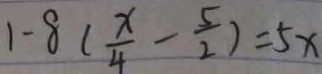
1 - 8 ( \frac { x } { 4 } - \frac { 5 } { 2 } ) = 5 x